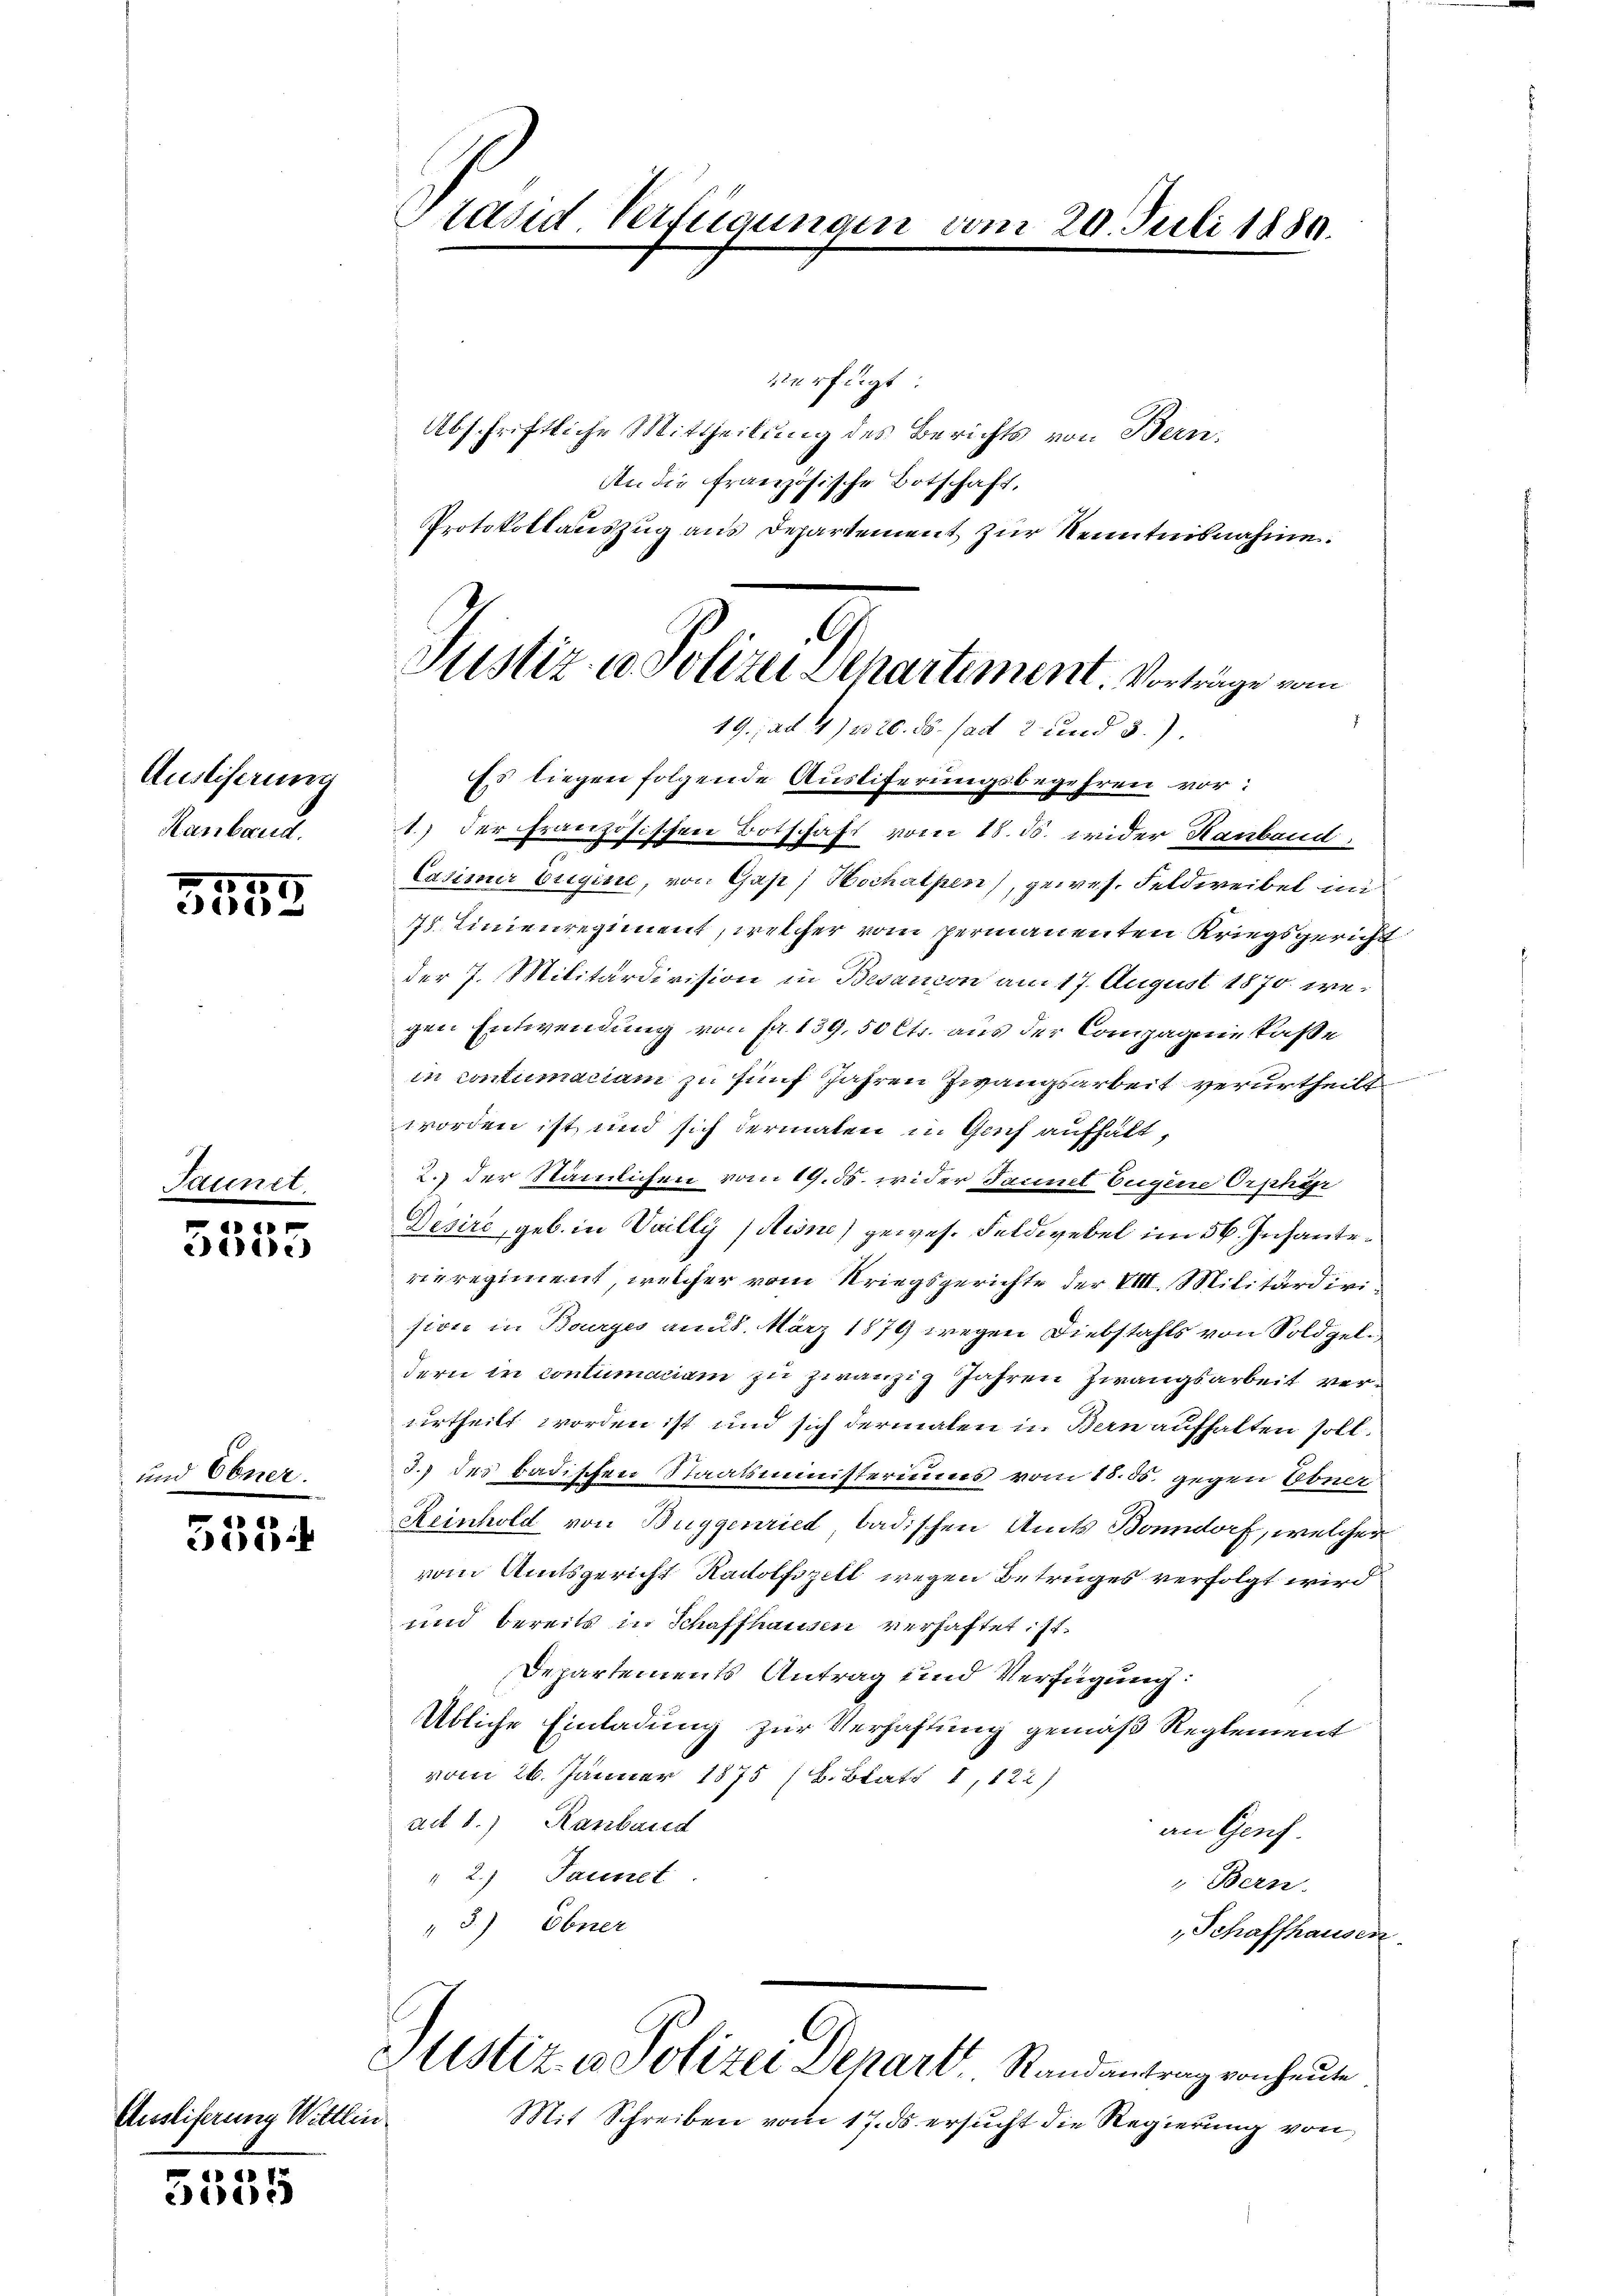
Auslieferung
Hanbaud.

24t

1555
382

t
e

553

u
5535

Auslieferung Wittlin

Stavid Verfügungen vom 20. Juli 1880.

verfügt:
Abschriftliche Mittheilung des Berichts von Bern.
An die französische Botschaft,
Protokollauszug aus Departement zur Kenntnisnahme.

Justiz u. Polizei Dchartement. Vorträge vom
19. ad 17420. ds. ad 2 und 3.)

Es liegen folgende Ausliferungsbegehren vor:
1.) Der französischen Botschaft vom 18. ds. wider Hanband
Casimir Eugine, von Gas; Hochalpen), gewes. Feldweibel in
75. Linienregiment, welcher vom permanenten Kriegsgericht
der J. Militärdivision in Besaricon am 17. August 1870 wegen Entwendung von Fr. 139, 50 Cts. aus der Compagnie laße
in contumaciam zu fünf Jahren Zwangsarbeit verurtheilt
worden ist, und sich dermalen in Genf aufhält,
2. der Stämlichen vom 19. ds. wider Tannet Eugene Orphär
Désire, geb. in Vailly (Riine) gewes. Feldwebel im 56. Infantevieregiment, welcher vom Kriegsgerichte der VIII. Militärdivision in Bourges am 8. März 1874 wegen Diebstahls von Soldzeldern in contumaciam zu zwanzig Jahren Zwangsarbeit verurtheilt worden ist und sich dermalen in Bern aufhalten soll.
3.) des Badischen Staatsministerinnes vom 25. 55. gegen Ebner
Reinhold von Buggenried, badischen Amts Bonndorf, welcher
vom Amtsgericht Raitolfszell wegen Betruges verfolgt wird
und bereits in Schaffhausen verhaftet ist.
Departements Antrag und Verfügung:
Übliche Einladung zur Verhaftung gemäß Reglement
vom 26. Jänner 1875 (B. Blatt 1, 122)
ad 8.) Ranbaud
an Genf.
" 2.) Jaunet
Bern.
3.) Ebner
Schaffhausen.
Justiz & Polizei Depart Randantrag von heute
Mit Schreiben vom 17. ds ersucht die Regierung von